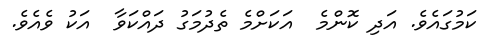
ކަމުގައެވެ. އަދި ކޮންމެ  އަކަށްމެ ތެދުމަގު ދައްކަވާ  އަކު ވެއެވެ.